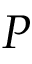
P